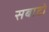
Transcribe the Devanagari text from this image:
सबाटो